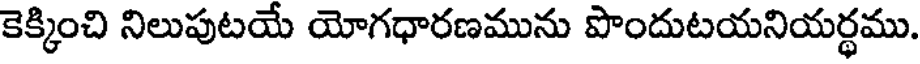
కెక్కించి నిలుపుటయే యోగధారణమును పొందుటయనియర్ధము.